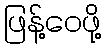
ဖြန့်ဝေဖို့